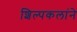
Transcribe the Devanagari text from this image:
शिल्पकलांने